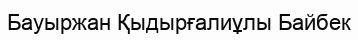
Бауыржан Қыдырғалиұлы Байбек